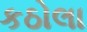
કઠોલા